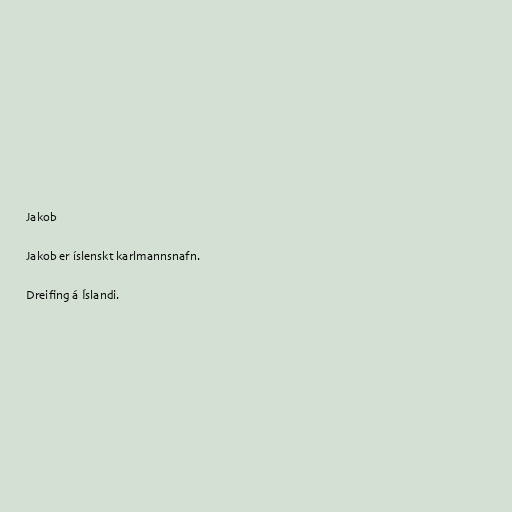
Jakob

Jakob er íslenskt karlmannsnafn.

Dreifing á Íslandi.